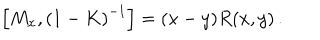
\left[ M _ { x } , \left( 1 - K \right) ^ { - 1 } \right] = ( x - y ) R ( x , y ) \, .